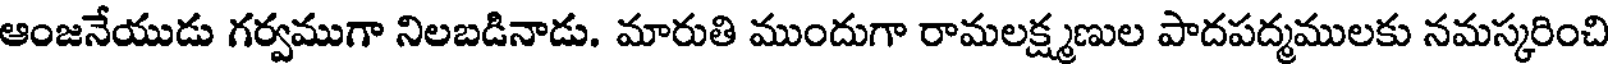
ఆంజనేయుడు గర్వముగా నిలబడినాడు. మారుతి ముందుగా రామలక్ష్మణుల పాదపద్మములకు నమస్కరించి